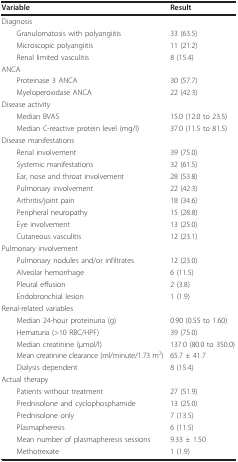
| Variable | Result |
 | --- | --- |
 | Diagnosis |  |
 | Granulomatosis with polyangiitis | 33 (63.5) |
 | Microscopic polyangiitis | 11 (21.2) |
 | Renal limited vasculitis | 8 (15.4) |
 | ANCA |  |
 | Proteinase 3 ANCA | 30 (57.7) |
 | Myeloperoxidase ANCA | 22 (42.3) |
 | Disease activity |  |
 | Median BVAS | 15.0 (12.0 to 23.5) |
 | Median C-reactive protein level (mg/l) | 37.0 (11.5 to 81.5) |
 | Disease manifestations |  |
 | Renal involvement | 39 (75.0) |
 | Systemic manifestations | 32 (61.5) |
 | Ear, nose and throat involvement | 28 (53.8) |
 | Pulmonary involvement | 22 (42.3) |
 | Arthritis/joint pain | 18 (34.6) |
 | Peripheral neuropathy | 15 (28.8) |
 | Eye involvement | 13 (25.0) |
 | Cutaneous vasculitis | 12 (23.1) |
 | Pulmonary involvement |  |
 | Pulmonary nodules and/or infiltrates | 12 (23.0) |
 | Alveolar hemorrhage | 6 (11.5) |
 | Pleural effusion | 2 (3.8) |
 | Endobronchial lesion | 1 (1.9) |
 | Renal-related variables |  |
 | Median 24-hour proteinuria (g) | 0.90 (0.55 to 1.60) |
 | Hematuria (>10 RBC/HPF) | 39 (75.0) |
 | Median creatinine (μmol/l) | 137.0 (80.0 to 350.0) |
 | Mean creatinine clearance (ml/minute/1.73 m2) | 65.7 ± 41.7 |
 | Dialysis dependent | 8 (15.4) |
 | Actual therapy |  |
 | Patients without treatment | 27 (51.9) |
 | Prednisolone and cyclophosphamide | 13 (25.0) |
 | Prednisolone only | 7 (13.5) |
 | Plasmapheresis | 6 (11.5) |
 | Mean number of plasmapheresis sessions | 9.33 ± 1.50 |
 | Methotrexate | 1 (1.9) |